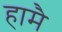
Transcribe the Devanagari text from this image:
हामै